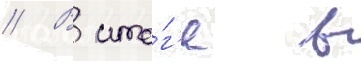
// В ито́г'е в